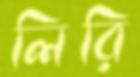
লিরি